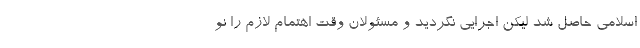
اسلامی حاصل شد لیکن اجرایی نگردید و مسئولان وقت اهتمام لازم را نو